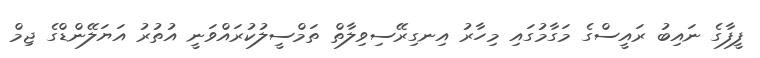
ފީފާގެ ނައިބު ރައީސްގެ މަގާމުގައި މިހާރު އިނގިރޭސިވިލާތް ތަމްސީލުކުރައްވަނީ އުތުރު އަޔަލޭންޑްގެ ޖިމް